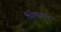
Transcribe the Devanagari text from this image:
विवेकज्ञान